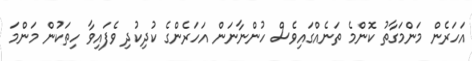
އަހަރެން މަންމަގާތު ކޮންމެ ތަނެއްގައިވެސް ހުންނާނަން އަހަރެންގެ ކުދިކުދި ވެފައިވާ ހިތަކުން މަންމަ